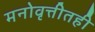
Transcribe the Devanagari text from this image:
मनोवृत्तीतही